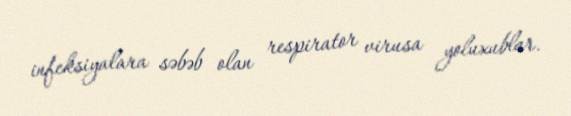
infeksiyalara səbəb olan respirator virusa yoluxublar.